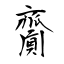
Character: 齎